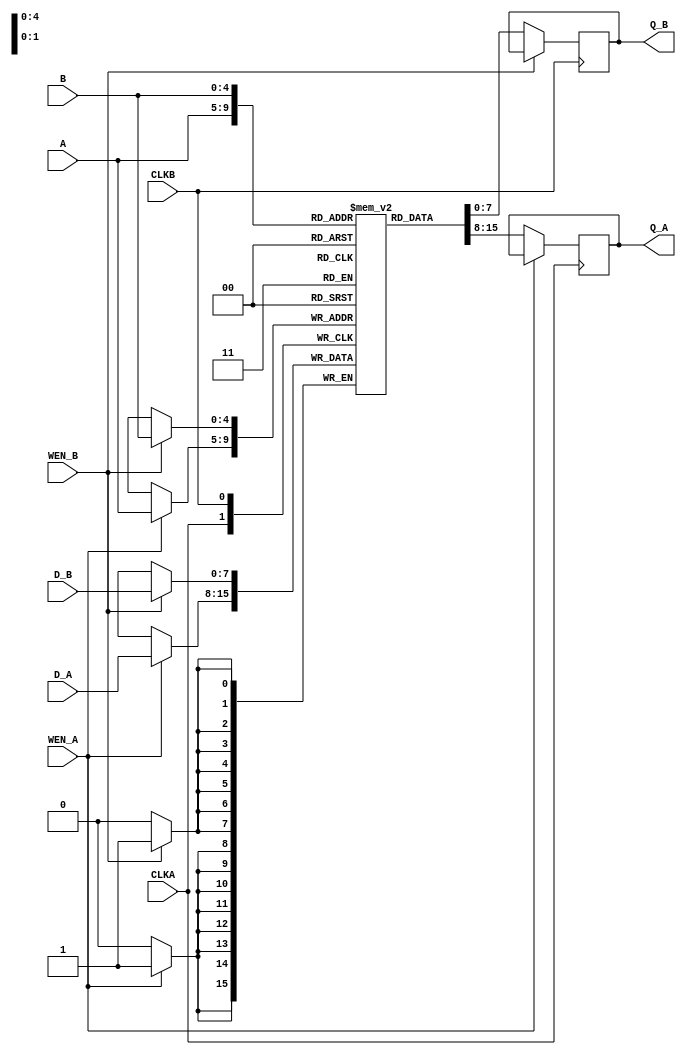
module dpr_32x8 (CLKA,CLKB, D_A, D_B, WEN_A,WEN_B,A,B,Q_A,Q_B);
	input CLKA;
	input CLKB;
	input WEN_A;
	input WEN_B;
	input [7:0] D_A;
	input [7:0] D_B;
	input [4:0] A;
	input [4:0] B;
	output reg [7:0] Q_A;
	output reg [7:0] Q_B;

	reg [7:0] mem [31:0];
	
	always @(posedge CLKA)
	    begin
			if (WEN_A) 
		   		 mem[A] <= D_A;
			else 
				Q_A <= mem[A];
		end
		 
	always @(posedge CLKB)
	    begin
			if (WEN_B) 
		   		 mem[B] <= D_B;
			else 
				Q_B <= mem[B];
		end
endmodule